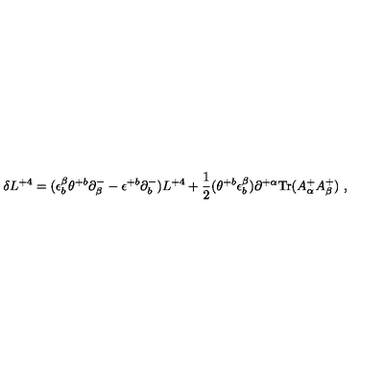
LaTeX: \delta L ^ { + 4 } = ( \epsilon _ { b } ^ { \beta } \theta ^ { + b } \partial _ { \beta } ^ { - } - \epsilon ^ { + b } \partial _ { b } ^ { - } ) L ^ { + 4 } + { \frac { 1 } { 2 } } ( \theta ^ { + b } \epsilon _ { b } ^ { \beta } ) \partial ^ { + \alpha } \mathrm { T r } ( A _ { \alpha } ^ { + } A _ { \beta } ^ { + } ) \ ,